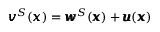
{ \pmb v } ^ { S } ( { \pmb x } ) = { \pmb w } ^ { S } ( { \pmb x } ) + { \pmb u } ( { \pmb x } )